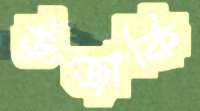
উজাকি